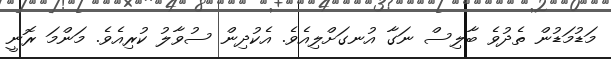
މަޑުމަޑުން ތެދުވެ ބާލިސް ނަގާ އުނގަށްލިއެވެ. އެކުދިން ސުވާލު ކުރިއެވެ. މަންމަ ރޮނީ